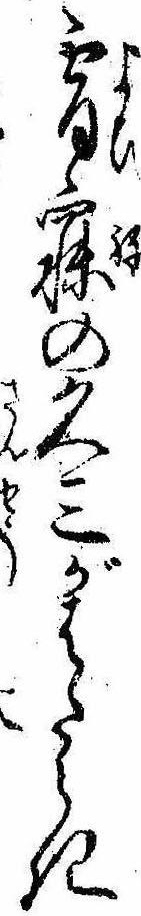
宵寐の久三がはたらき